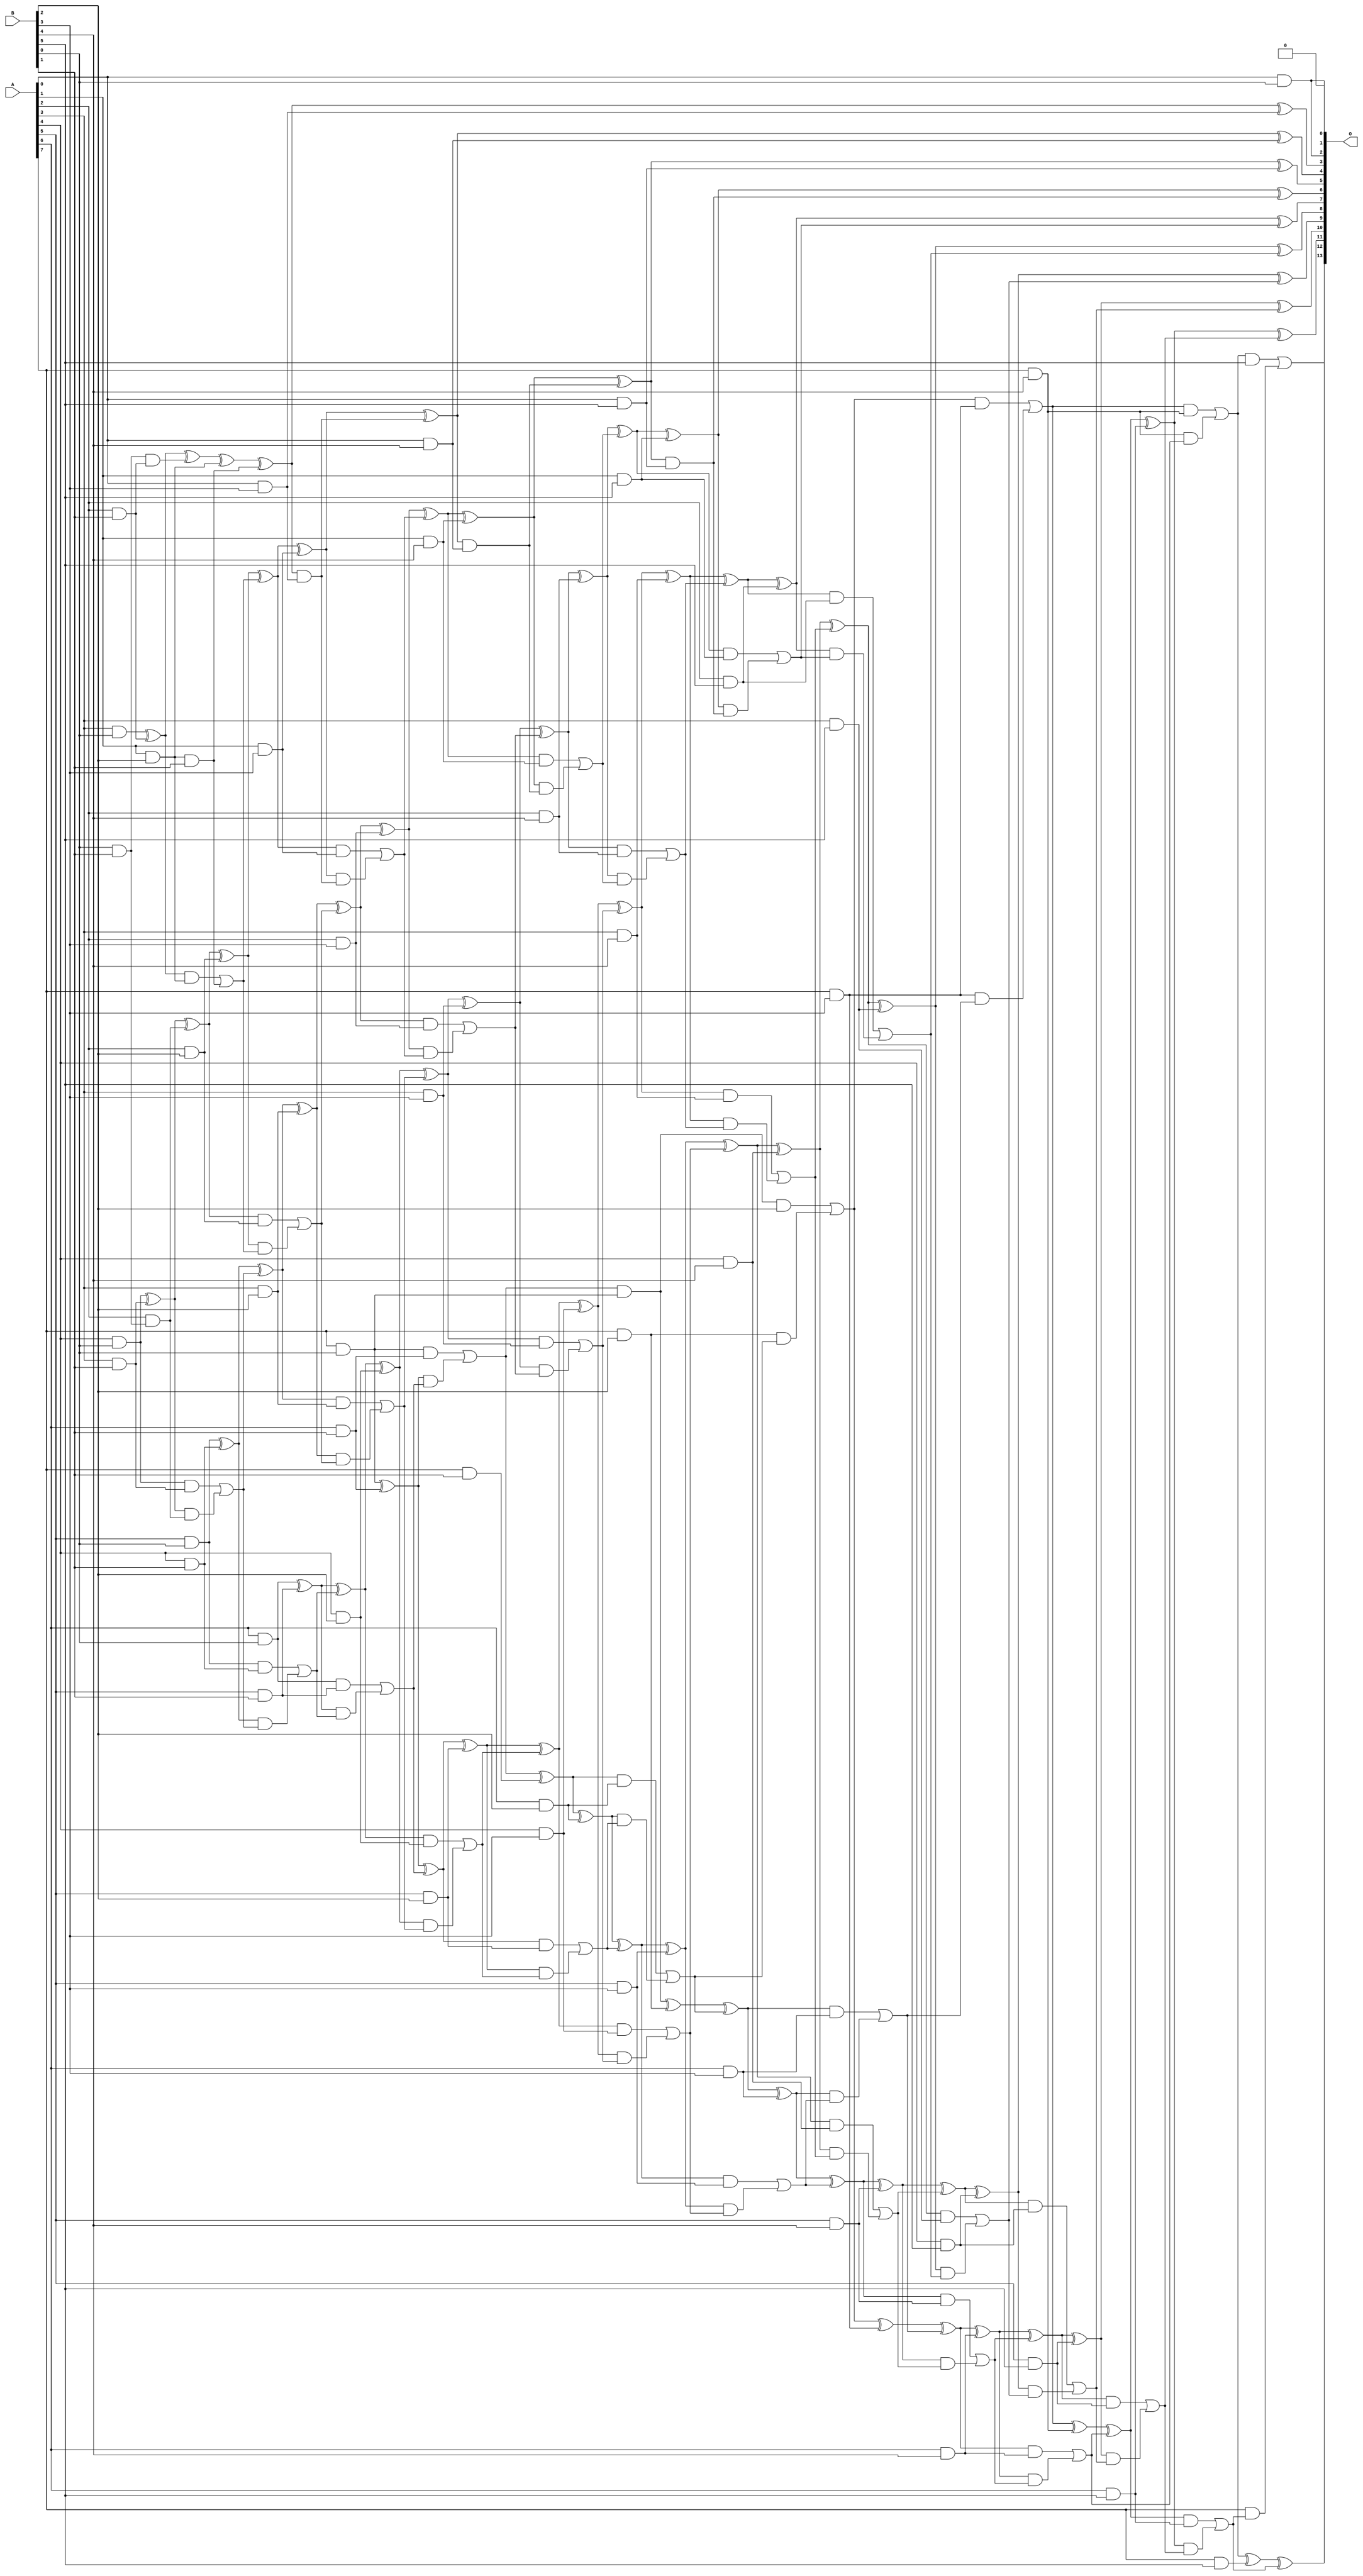
/***
* This code is a part of EvoApproxLib library (ehw.fit.vutbr.cz/approxlib) distributed under The MIT License.
* When used, please cite the following article(s): V. Mrazek, L. Sekanina, Z. Vasicek "Libraries of Approximate Circuits: Automated Design and Application in CNN Accelerators" IEEE Journal on Emerging and Selected Topics in Circuits and Systems, Vol 10, No 4, 2020 
* This file contains a circuit from a sub-set of pareto optimal circuits with respect to the pwr and mse parameters
***/
// MAE% = 0.014 %
// MAE = 2.4 
// WCE% = 0.037 %
// WCE = 6.0 
// WCRE% = 400.00 %
// EP% = 62.50 %
// MRE% = 0.47 %
// MSE = 10 
// PDK45_PWR = 0.249 mW
// PDK45_AREA = 481.0 um2
// PDK45_DELAY = 1.53 ns

module mul8x6u_4TY (
    A,
    B,
    O
);

input [7:0] A;
input [5:0] B;
output [13:0] O;

wire sig_14,sig_17,sig_18,sig_19,sig_20,sig_21,sig_23,sig_24,sig_25,sig_26,sig_27,sig_28,sig_29,sig_31,sig_34,sig_40,sig_41,sig_42,sig_43,sig_44;
wire sig_45,sig_46,sig_47,sig_48,sig_49,sig_50,sig_51,sig_52,sig_53,sig_54,sig_55,sig_56,sig_57,sig_58,sig_59,sig_60,sig_61,sig_62,sig_63,sig_65;
wire sig_66,sig_67,sig_68,sig_69,sig_70,sig_71,sig_72,sig_74,sig_75,sig_77,sig_78,sig_79,sig_80,sig_81,sig_82,sig_83,sig_84,sig_85,sig_86,sig_87;
wire sig_88,sig_89,sig_90,sig_91,sig_92,sig_93,sig_94,sig_95,sig_96,sig_97,sig_98,sig_99,sig_100,sig_101,sig_102,sig_103,sig_104,sig_105,sig_106,sig_107;
wire sig_108,sig_109,sig_110,sig_111,sig_112,sig_113,sig_114,sig_115,sig_116,sig_117,sig_118,sig_119,sig_120,sig_121,sig_122,sig_123,sig_124,sig_125,sig_126,sig_127;
wire sig_128,sig_129,sig_130,sig_131,sig_132,sig_133,sig_134,sig_135,sig_136,sig_137,sig_138,sig_139,sig_140,sig_141,sig_142,sig_143,sig_144,sig_145,sig_146,sig_147;
wire sig_148,sig_149,sig_150,sig_151,sig_152,sig_153,sig_154,sig_155,sig_156,sig_157,sig_158,sig_159,sig_160,sig_161,sig_162,sig_163,sig_164,sig_165,sig_166,sig_167;
wire sig_168,sig_169,sig_170,sig_171,sig_172,sig_173,sig_174,sig_175,sig_176,sig_177,sig_178,sig_179,sig_180,sig_181,sig_182,sig_183,sig_184,sig_185,sig_186,sig_187;
wire sig_188,sig_189,sig_190,sig_191,sig_192,sig_193,sig_194,sig_195,sig_196,sig_197,sig_198,sig_199,sig_200,sig_201,sig_202,sig_203,sig_204,sig_205,sig_206,sig_207;
wire sig_208,sig_209,sig_210,sig_211,sig_212,sig_213,sig_214,sig_215,sig_216,sig_217,sig_218,sig_219,sig_220,sig_221,sig_222,sig_223,sig_224,sig_225,sig_226,sig_227;
wire sig_228,sig_229,sig_230,sig_231,sig_232,sig_233,sig_234,sig_235,sig_236,sig_237,sig_238,sig_239,sig_240,sig_241,sig_242,sig_243;

assign sig_14 = A[0] & B[0];
assign sig_17 = A[3] & B[0];
assign sig_18 = A[4] & B[0];
assign sig_19 = A[5] & B[0];
assign sig_20 = A[6] & B[0];
assign sig_21 = A[7] & B[0];
assign sig_23 = B[0] & B[1];
assign sig_24 = A[2] & B[1];
assign sig_25 = A[3] & B[1];
assign sig_26 = A[4] & B[1];
assign sig_27 = A[5] & B[1];
assign sig_28 = A[6] & B[1];
assign sig_29 = A[7] & B[1];
assign sig_31 = sig_17 ^ sig_24;
assign sig_34 = sig_23 & sig_24;
assign sig_40 = sig_31 ^ sig_34;
assign sig_41 = A[2] & sig_23;
assign sig_42 = sig_18 ^ sig_25;
assign sig_43 = sig_18 & sig_25;
assign sig_44 = sig_42 & sig_41;
assign sig_45 = sig_42 ^ sig_41;
assign sig_46 = sig_43 | sig_44;
assign sig_47 = sig_19 ^ sig_26;
assign sig_48 = sig_19 & sig_26;
assign sig_49 = sig_47 & sig_46;
assign sig_50 = sig_47 ^ sig_46;
assign sig_51 = sig_48 | sig_49;
assign sig_52 = sig_20 ^ sig_27;
assign sig_53 = sig_20 & sig_27;
assign sig_54 = sig_52 & sig_51;
assign sig_55 = sig_52 ^ sig_51;
assign sig_56 = sig_53 | sig_54;
assign sig_57 = sig_21 ^ sig_28;
assign sig_58 = sig_21 & sig_28;
assign sig_59 = sig_57 & sig_56;
assign sig_60 = sig_57 ^ sig_56;
assign sig_61 = sig_58 | sig_59;
assign sig_62 = sig_61 & sig_21;
assign sig_63 = sig_61 ^ sig_29;
assign sig_65 = A[1] & B[2];
assign sig_66 = A[2] & B[2];
assign sig_67 = A[3] & B[2];
assign sig_68 = A[4] & B[2];
assign sig_69 = A[5] & B[2];
assign sig_70 = A[6] & B[2];
assign sig_71 = A[7] & B[2];
assign sig_72 = sig_65 & B[1];
assign sig_74 = sig_40 ^ sig_65;
assign sig_75 = sig_31 & sig_65;
assign sig_77 = sig_74 ^ sig_72;
assign sig_78 = sig_75 | sig_72;
assign sig_79 = sig_45 ^ sig_66;
assign sig_80 = sig_45 & sig_66;
assign sig_81 = sig_79 & sig_78;
assign sig_82 = sig_79 ^ sig_78;
assign sig_83 = sig_80 | sig_81;
assign sig_84 = sig_50 ^ sig_67;
assign sig_85 = sig_50 & sig_67;
assign sig_86 = sig_84 & sig_83;
assign sig_87 = sig_84 ^ sig_83;
assign sig_88 = sig_85 | sig_86;
assign sig_89 = sig_55 ^ sig_68;
assign sig_90 = sig_55 & sig_68;
assign sig_91 = sig_89 & sig_88;
assign sig_92 = sig_89 ^ sig_88;
assign sig_93 = sig_90 | sig_91;
assign sig_94 = sig_60 ^ sig_69;
assign sig_95 = sig_60 & sig_69;
assign sig_96 = sig_94 & sig_93;
assign sig_97 = sig_94 ^ sig_93;
assign sig_98 = sig_95 | sig_96;
assign sig_99 = sig_63 ^ sig_70;
assign sig_100 = sig_63 & sig_70;
assign sig_101 = sig_99 & sig_98;
assign sig_102 = sig_99 ^ sig_98;
assign sig_103 = sig_100 | sig_101;
assign sig_104 = sig_62 ^ sig_71;
assign sig_105 = sig_62 & B[2];
assign sig_106 = sig_71 & sig_103;
assign sig_107 = sig_104 ^ sig_103;
assign sig_108 = sig_105 | sig_106;
assign sig_109 = A[0] & B[3];
assign sig_110 = A[1] & B[3];
assign sig_111 = A[2] & B[3];
assign sig_112 = A[3] & B[3];
assign sig_113 = A[4] & B[3];
assign sig_114 = A[5] & B[3];
assign sig_115 = A[6] & B[3];
assign sig_116 = A[7] & B[3];
assign sig_117 = sig_77 & sig_109;
assign sig_118 = sig_77 ^ sig_109;
assign sig_119 = sig_82 ^ sig_110;
assign sig_120 = sig_82 & sig_110;
assign sig_121 = sig_119 & sig_117;
assign sig_122 = sig_119 ^ sig_117;
assign sig_123 = sig_120 | sig_121;
assign sig_124 = sig_87 ^ sig_111;
assign sig_125 = sig_87 & sig_111;
assign sig_126 = sig_124 & sig_123;
assign sig_127 = sig_124 ^ sig_123;
assign sig_128 = sig_125 | sig_126;
assign sig_129 = sig_92 ^ sig_112;
assign sig_130 = sig_92 & sig_112;
assign sig_131 = sig_129 & sig_128;
assign sig_132 = sig_129 ^ sig_128;
assign sig_133 = sig_130 | sig_131;
assign sig_134 = sig_97 ^ sig_113;
assign sig_135 = sig_97 & sig_113;
assign sig_136 = sig_134 & sig_133;
assign sig_137 = sig_134 ^ sig_133;
assign sig_138 = sig_135 | sig_136;
assign sig_139 = sig_102 ^ sig_114;
assign sig_140 = sig_102 & sig_114;
assign sig_141 = sig_139 & sig_138;
assign sig_142 = sig_139 ^ sig_138;
assign sig_143 = sig_140 | sig_141;
assign sig_144 = sig_107 ^ sig_115;
assign sig_145 = sig_107 & sig_115;
assign sig_146 = sig_144 & sig_143;
assign sig_147 = sig_144 ^ sig_143;
assign sig_148 = sig_145 | sig_146;
assign sig_149 = sig_108 ^ sig_116;
assign sig_150 = sig_108 & sig_116;
assign sig_151 = sig_116 & sig_148;
assign sig_152 = sig_149 ^ sig_148;
assign sig_153 = sig_150 | sig_151;
assign sig_154 = A[0] & B[4];
assign sig_155 = A[1] & B[4];
assign sig_156 = A[2] & B[4];
assign sig_157 = A[3] & B[4];
assign sig_158 = A[4] & B[4];
assign sig_159 = A[5] & B[4];
assign sig_160 = A[6] & B[4];
assign sig_161 = A[7] & B[4];
assign sig_162 = sig_122 & sig_154;
assign sig_163 = sig_122 ^ sig_154;
assign sig_164 = sig_127 ^ sig_155;
assign sig_165 = sig_127 & sig_155;
assign sig_166 = sig_164 & sig_162;
assign sig_167 = sig_164 ^ sig_162;
assign sig_168 = sig_165 | sig_166;
assign sig_169 = sig_132 ^ sig_156;
assign sig_170 = sig_132 & sig_156;
assign sig_171 = sig_169 & sig_168;
assign sig_172 = sig_169 ^ sig_168;
assign sig_173 = sig_170 | sig_171;
assign sig_174 = sig_137 ^ sig_157;
assign sig_175 = sig_137 & sig_157;
assign sig_176 = sig_174 & sig_173;
assign sig_177 = sig_174 ^ sig_173;
assign sig_178 = sig_175 | sig_176;
assign sig_179 = sig_142 ^ sig_158;
assign sig_180 = sig_142 & sig_158;
assign sig_181 = sig_179 & sig_178;
assign sig_182 = sig_179 ^ sig_178;
assign sig_183 = sig_180 | sig_181;
assign sig_184 = sig_147 ^ sig_159;
assign sig_185 = sig_147 & sig_159;
assign sig_186 = sig_184 & sig_183;
assign sig_187 = sig_184 ^ sig_183;
assign sig_188 = sig_185 | sig_186;
assign sig_189 = sig_152 ^ sig_160;
assign sig_190 = sig_152 & sig_160;
assign sig_191 = sig_189 & sig_188;
assign sig_192 = sig_189 ^ sig_188;
assign sig_193 = sig_190 | sig_191;
assign sig_194 = sig_153 ^ sig_161;
assign sig_195 = sig_153 & sig_161;
assign sig_196 = sig_161 & sig_193;
assign sig_197 = sig_194 ^ sig_193;
assign sig_198 = sig_195 | sig_196;
assign sig_199 = A[0] & B[5];
assign sig_200 = A[1] & B[5];
assign sig_201 = A[2] & B[5];
assign sig_202 = A[3] & B[5];
assign sig_203 = A[4] & B[5];
assign sig_204 = A[5] & B[5];
assign sig_205 = A[6] & B[5];
assign sig_206 = A[7] & B[5];
assign sig_207 = sig_167 & sig_199;
assign sig_208 = sig_167 ^ sig_199;
assign sig_209 = sig_172 ^ sig_200;
assign sig_210 = sig_172 & sig_200;
assign sig_211 = sig_209 & sig_207;
assign sig_212 = sig_209 ^ sig_207;
assign sig_213 = sig_210 | sig_211;
assign sig_214 = sig_177 ^ sig_201;
assign sig_215 = sig_177 & sig_201;
assign sig_216 = sig_214 & sig_213;
assign sig_217 = sig_214 ^ sig_213;
assign sig_218 = sig_215 | sig_216;
assign sig_219 = sig_182 ^ sig_202;
assign sig_220 = sig_182 & sig_202;
assign sig_221 = sig_219 & sig_218;
assign sig_222 = sig_219 ^ sig_218;
assign sig_223 = sig_220 | sig_221;
assign sig_224 = sig_187 ^ sig_203;
assign sig_225 = sig_187 & sig_203;
assign sig_226 = sig_224 & sig_223;
assign sig_227 = sig_224 ^ sig_223;
assign sig_228 = sig_225 | sig_226;
assign sig_229 = sig_192 ^ sig_204;
assign sig_230 = sig_192 & sig_204;
assign sig_231 = sig_229 & sig_228;
assign sig_232 = sig_229 ^ sig_228;
assign sig_233 = sig_230 | sig_231;
assign sig_234 = sig_197 ^ sig_205;
assign sig_235 = sig_197 & sig_205;
assign sig_236 = sig_234 & sig_233;
assign sig_237 = sig_234 ^ sig_233;
assign sig_238 = sig_235 | sig_236;
assign sig_239 = sig_198 ^ sig_206;
assign sig_240 = sig_198 & B[5];
assign sig_241 = A[7] & sig_238;
assign sig_242 = sig_239 ^ sig_238;
assign sig_243 = sig_240 | sig_241;

assign O[13] = sig_243;
assign O[12] = sig_242;
assign O[11] = sig_237;
assign O[10] = sig_232;
assign O[9] = sig_227;
assign O[8] = sig_222;
assign O[7] = sig_217;
assign O[6] = sig_212;
assign O[5] = sig_208;
assign O[4] = sig_163;
assign O[3] = sig_118;
assign O[2] = sig_14;
assign O[1] = 1'b0;
assign O[0] = sig_14;

endmodule